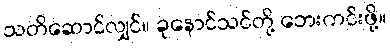
သတိဆောင်လျှင်။ ခုနောင်သင်တို့ ဘေးကင်းဖို့။